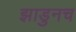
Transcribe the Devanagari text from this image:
झाडुनच